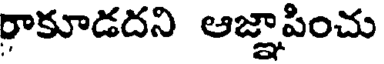
రాకూడదని ఆజ్ఞాపించు